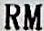
RM